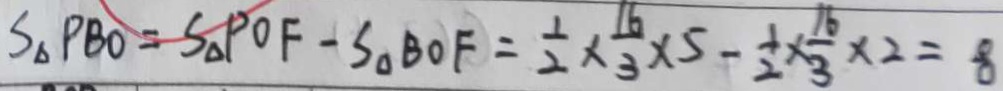
S _ { \Delta } P B O = S _ { \Delta } P O F - S _ { \Delta } B O F = \frac { 1 } { 2 } \times \frac { 1 6 } { 3 } \times 5 - \frac { 1 } { 2 } \times \frac { 1 6 } { 3 } \times 2 = 8